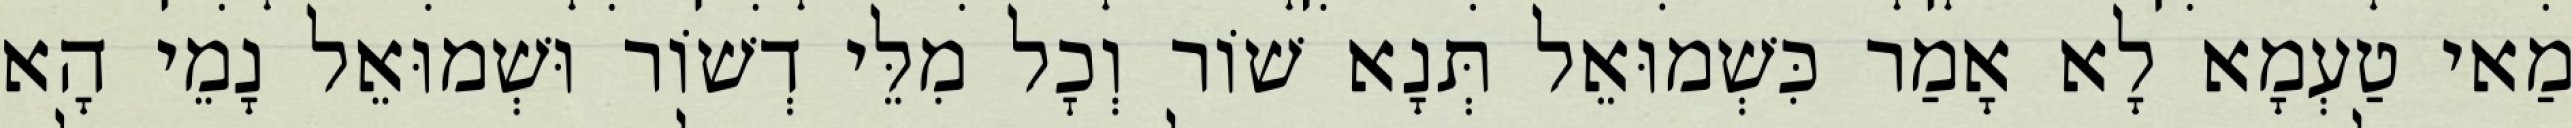
מַאי טַעְמָא לָא אָמַר כִּשְׁמוּאֵל תְּנָא שׁוֹר וְכׇל מִלֵּי דְשׁוֹר וּשְׁמוּאֵל נָמֵי הָא